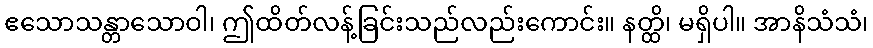
ဧသောသန္တာသောဝါ၊ ဤထိတ်လန့်ခြင်းသည်လည်းကောင်း။ နတ္ထိ၊ မရှိပါ။ အာနိသံသံ၊